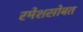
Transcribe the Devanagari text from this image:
रमेशसोबत